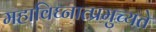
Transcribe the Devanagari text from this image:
महाविघ्नात्प्रमुच्यते